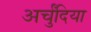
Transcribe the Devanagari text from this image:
अर्चुंदिया